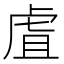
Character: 虘